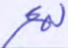
لمع